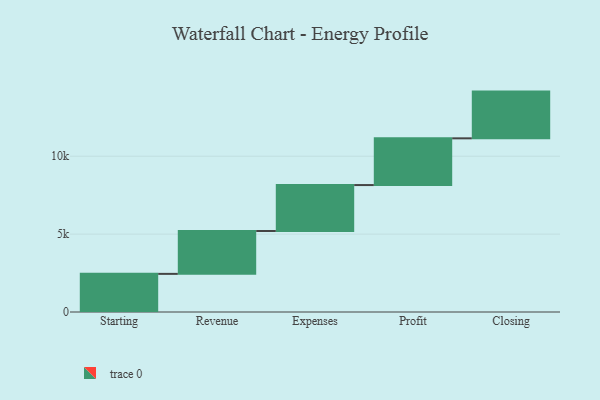
{"axis": {"x": "Step", "y": "Value"}, "legend": [""], "data": [{"x": "Starting", "y": 2448.0, "type": ""}, {"x": "Revenue", "y": 2753.0, "type": ""}, {"x": "Expenses", "y": 2948.0, "type": ""}, {"x": "Profit", "y": 3000, "type": ""}, {"x": "Closing", "y": 3000, "type": ""}]}